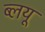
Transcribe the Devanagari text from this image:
ब्लयू